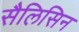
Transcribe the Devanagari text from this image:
सैलिसिन